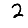
Digit: 2